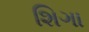
શિગા